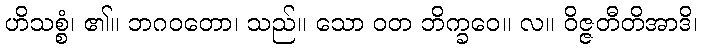
ဟိသစ္စံ၊ ၏။ ဘဂဝတော၊ သည်။ သော ဝတ ဘိက္ခဝေ။ လ။ ဝိဇ္ဇတီတိအာဒိ၊